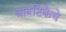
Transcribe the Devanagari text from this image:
वात्रटिकेचे